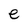
Character: e